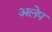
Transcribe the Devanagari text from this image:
अलेप